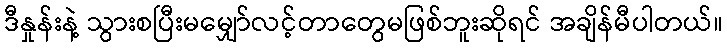
ဒီနှုန်းနဲ့ သွားစပြီးမမျှော်လင့်တာတွေမဖြစ်ဘူးဆိုရင် အချိန်မီပါတယ်။